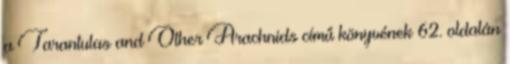
a Tarantulas and Other Arachnids című könyvének 62. oldalán